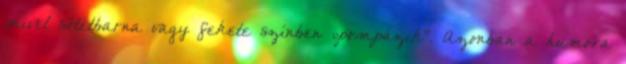
mivel sötétbarna vagy fekete színben „pompázik”. Azonban a humora